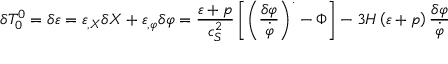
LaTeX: \delta T _ { 0 } ^ { 0 } = \delta \varepsilon = \varepsilon _ { , X } \delta X + \varepsilon _ { , \varphi } \delta \varphi = \frac { \varepsilon + p } { c _ { S } ^ { 2 } } \left[ \left( \frac { \delta \varphi } { \dot { \varphi } } \right) ^ { . } - \Phi \right] - 3 H \left( \varepsilon + p \right) \frac { \delta \varphi } { \dot { \varphi } }